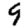
Digit: 9